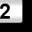
Digit: 2